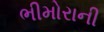
ભીમોરાની